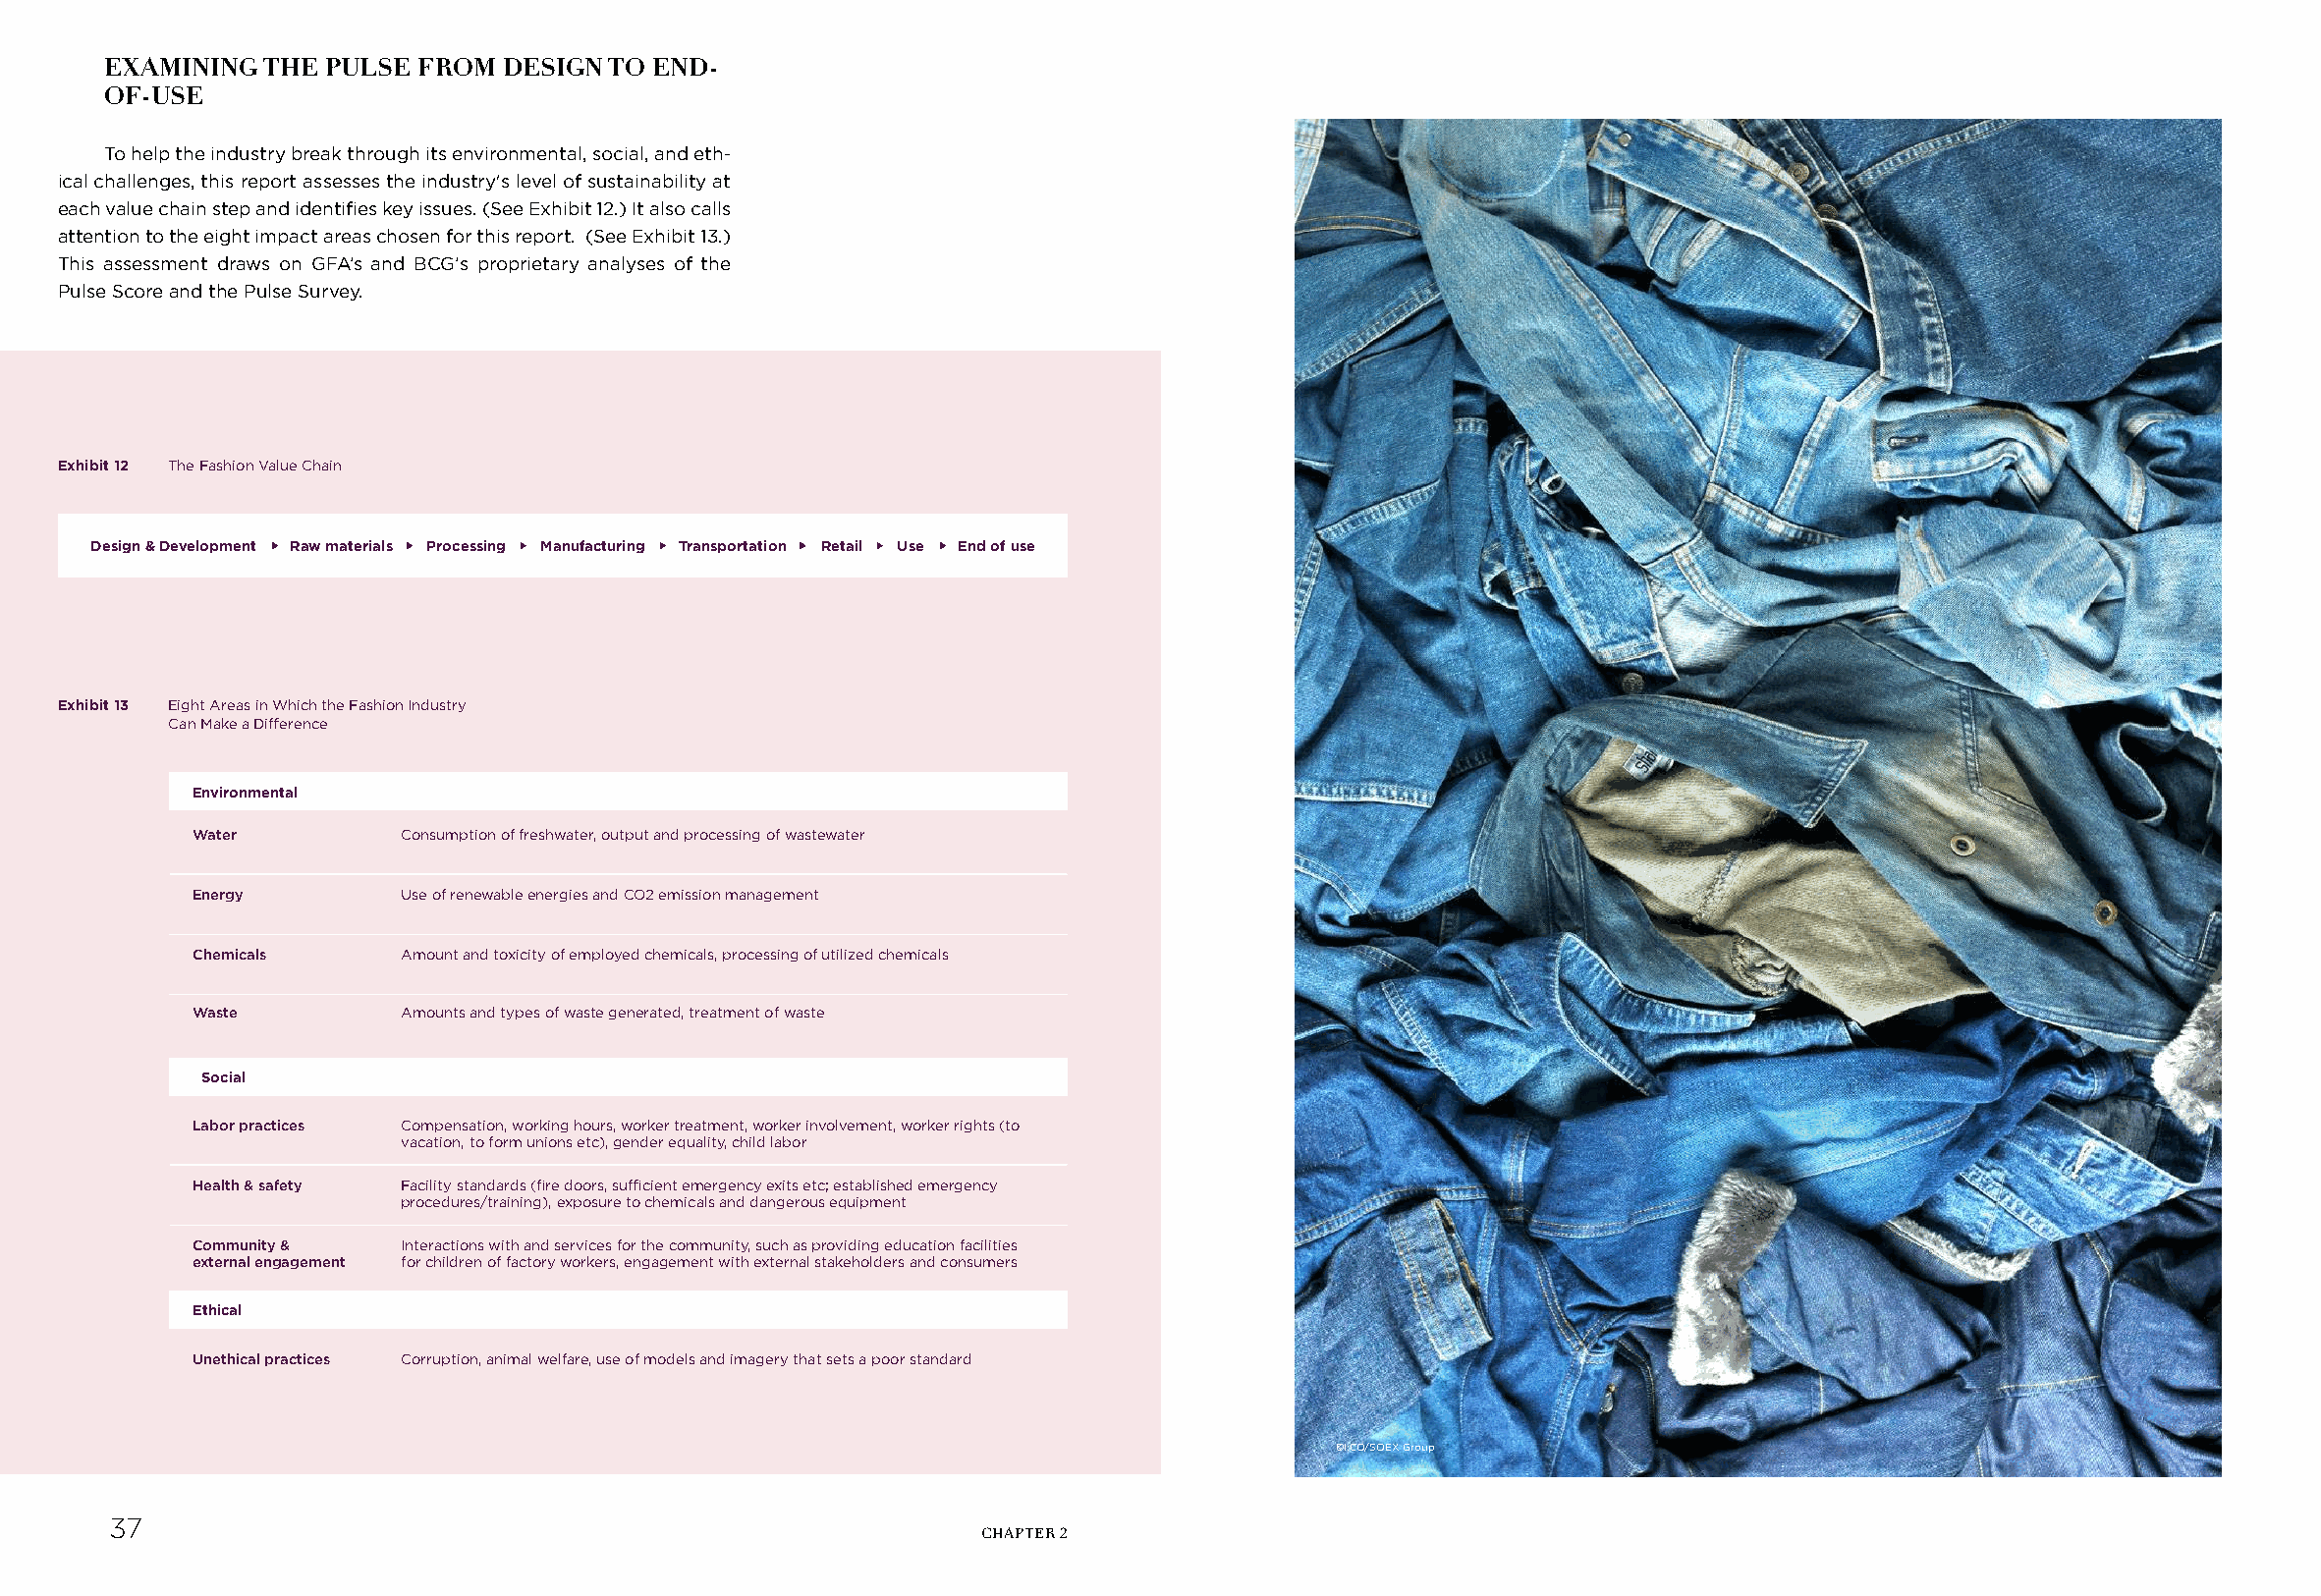
EXAMINING  THE PULSE FROM  DESIGN TO END-
 OF-USE
 To help the industry break through its environmental, social, and eth-
 ical challenges, this report assesses the industry's level of sustainability at
 each value chain step and identifies key issues. (See Exhibit 12.) It also calls
 attention to the eight impact areas chosen for this report. (See Exhibit 13.)
 This assessment draws on GFA’s and BCG’s proprietary analyses of the
 Pulse Score and the Pulse Survey.
 Exhibit 12 The Fashion Value Chain
 Design & Development Raw materials Processing Manufacturing Transportation Retail Use End of use
 Exhibit 13 Eight Areas in Which the Fashion Industry
 Can Make a Difference
 Environmental
 Water         Consumption of freshwater, output and processing of wastewater
 Energy        Use of renewable energies and CO2 emission management
 Chemicals     Amount and toxicity of employed chemicals, processing of utilized chemicals
 Waste         Amounts and types of waste generated, treatment of waste
 Social
 Labor practices Compensation, working hours, worker treatment, worker involvement, worker rights (to
 vacation, to form unions etc), gender equality, child labor
 Health & safety Facility standards (fire doors, sufficient emergency exits etc; established emergency
 procedures/training), exposure to chemicals and dangerous equipment
 Community &   Interactions with and services for the community, such as providing education facilities
 external engagement for children of factory workers, engagement with external stakeholders and consumers
 Ethical
 Unethical practices Corruption, animal welfare, use of models and imagery that sets a poor standard
 ©I:CO/SOEX Group
 37                                                                                                                                          38
 CHAPTER 2         PULSE OF THE FASHION INDUSTRY